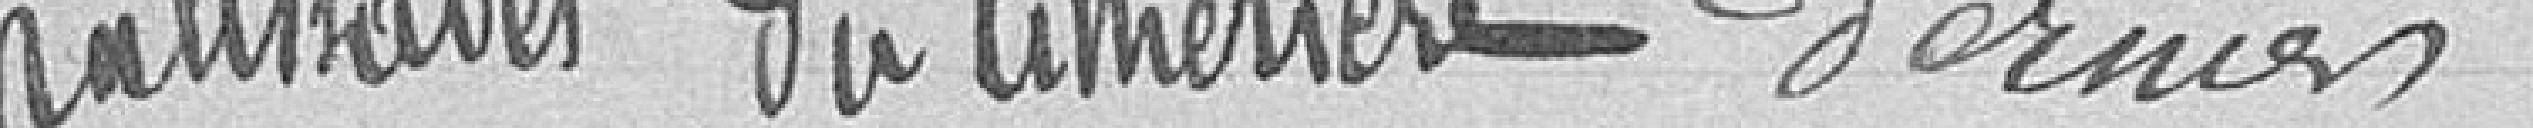
palissades du cimetière dernier.